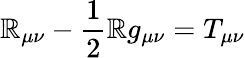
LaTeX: \mathbb{R}_{\mu\nu}-{\frac{{1}}{{2}}}\mathbb{R}g_{\mu\nu}=T_{\mu\nu}